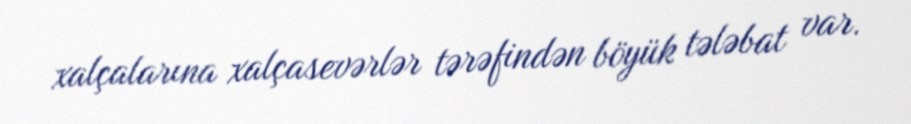
xalçalarına xalçasevərlər tərəfindən böyük tələbat var.